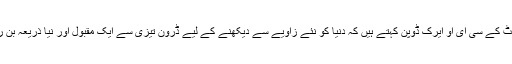
ویب سائٹ کے سی ای او ایرک ڈوپن کہتے ہیں کہ دنیا کو نئے زاویے سے دیکھنے کے لیے ڈرون تیزی سے ایک مقبول اور نیا ذریعہ بن رہے ہیں۔